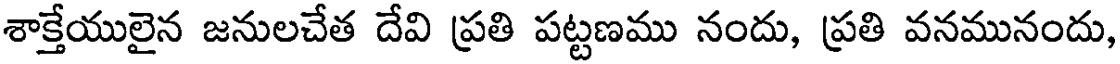
శాక్తేయులైన జనులచేత దేవి ప్రతి పట్టణము నందు, ప్రతి వనమునందు,